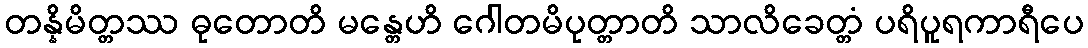
တန္နိမိတ္တဿ ဓုတောတိ မန္တေဟိ ဂေါတမိပုတ္တာတိ သာလိခေတ္တံ ပရိပူရကာရီပေ